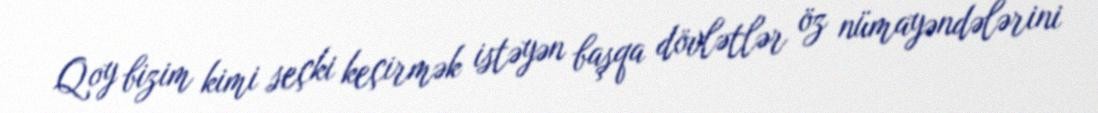
Qoy bizim kimi seçki keçirmək istəyən başqa dövlətlər öz nümayəndələrini